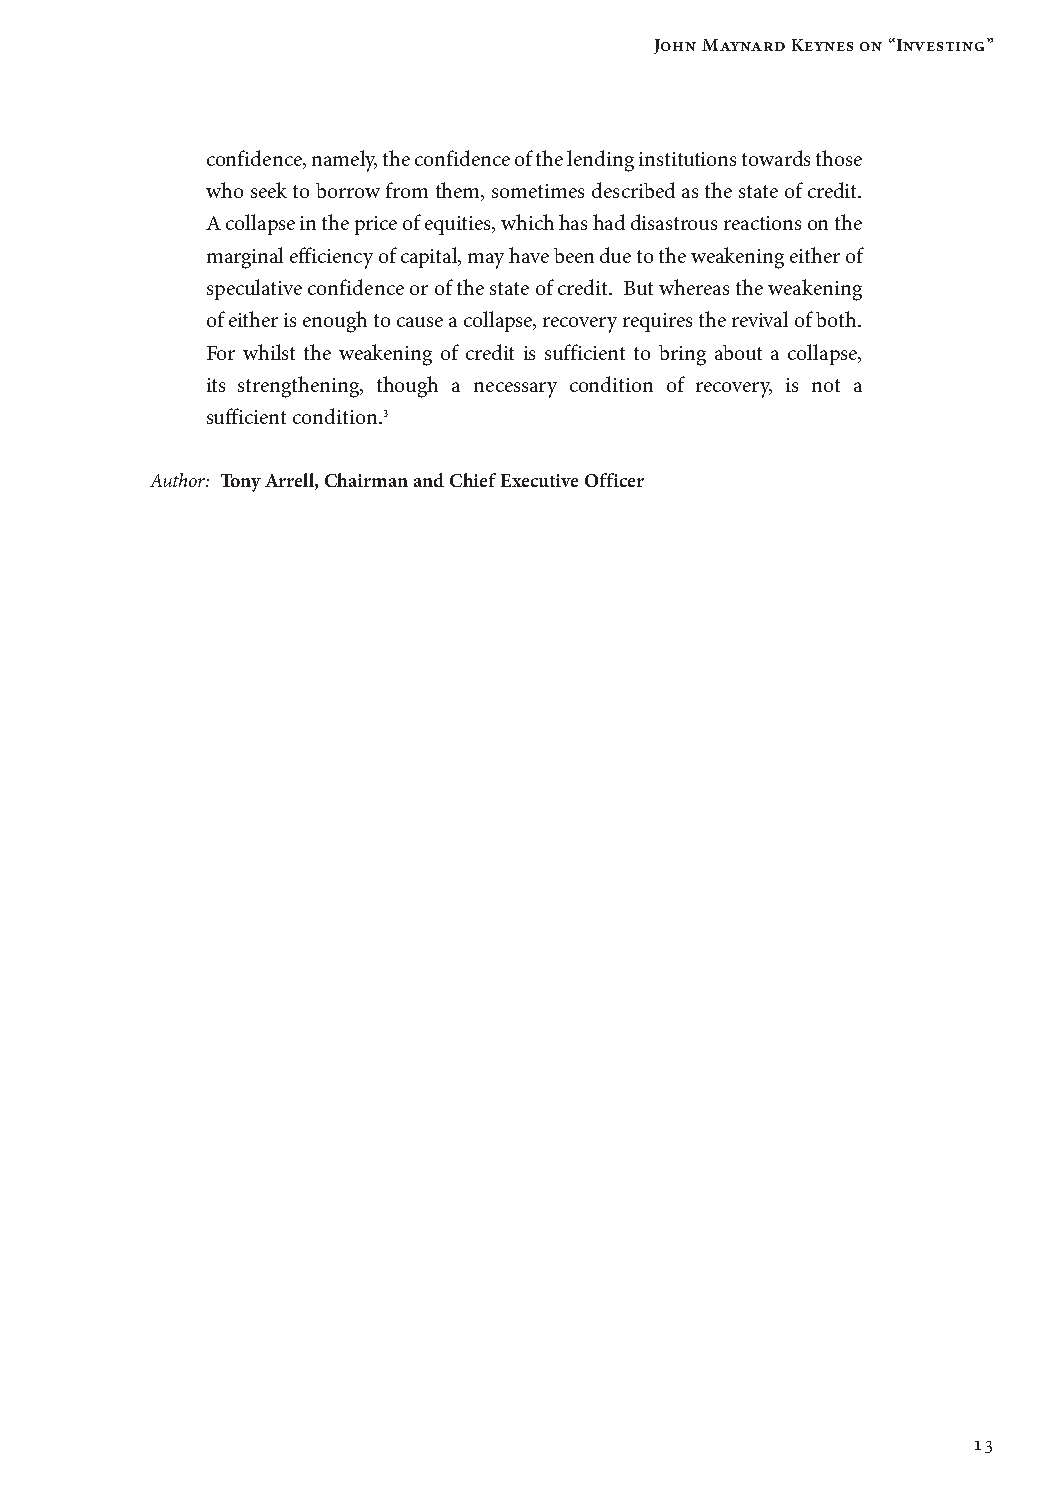
John Maynard Keynes on “Investing”
 confidence, namely, the confidence of the lending institutions towards those
 who seek to borrow from them, sometimes described as the state of credit.
 A collapse in the price of equities, which has had disastrous reactions on the
 marginal efficiency of capital, may have been due to the weakening either of
 speculative confidence or of the state of credit. But whereas the weakening
 of either is enough to cause a collapse, recovery requires the revival of both.
 For whilst the weakening of credit is sufficient to bring about a collapse,
 its strengthening, though a necessary condition of recovery, is not a
 sufficient condition.3
 Author: Tony Arrell, Chairman and Chief Executive Officer
 13